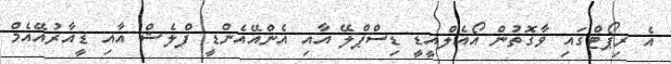
އެ ރިޕޯޓްގައި ވާގޮތުން އޯއެލްއީޑީ ޑިސްޕްލޭ އާއި އެންއޭއެންޑީ ފްލެޝް އާއި ޑީއާރުއޭއެމް